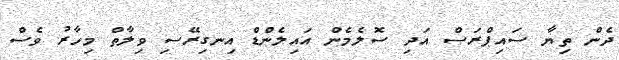
ދެން ތިޔާ ސައިޕްރަސް އަދި ސޮލެމެން އައިލެންޑް އިނގިރޭސި ވިލާތް މިހާރު ވެސް